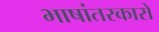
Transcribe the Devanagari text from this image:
भाषांतरकारों